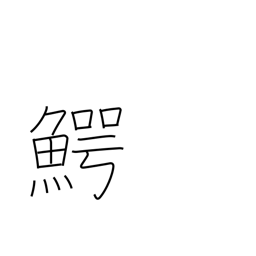
Meaning: alligator